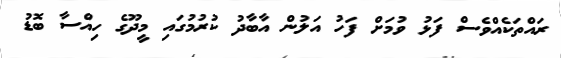
ރައްތަކެއްވެސް ފަޅު ވުމަށް ފަހު އަލުން އާބާދު ކުރުމުގައި މީދޫގެ ހިއްސާ ބޮޑު